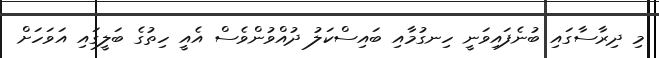
މި ދިރާސާގައި ބުނެފައިވަނީ ހިނގުމާއި ބައިސްކަލު ދުއްވުންވެސް އެއީ ހިތުގެ ބަލީގައި އަވަހަށް